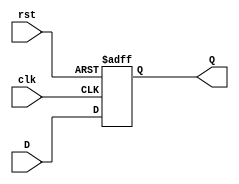
`timescale 1ns / 1ps

/*******************************************************************
*
* Module: Datapath.v
* Project: Pipelined-RISCV
* Author1: Yahya Abbas.
* Author2: Ali Ghazal.
* Author3: Omer Hassan.
* Description: Pipelined RISCV processor with support for RV32IC instructions that map to true 32I instructions
*              and support for the full RV32IM instruction set.
* Change history:
**********************************************************************/

module DFF(
    input clk, 
    input rst, 
    input D, 
    output reg Q);

always @ (posedge clk or posedge rst) begin // Asynchronous Reset
    if (rst)
        Q <= 1'b0;
    else
        Q <= D;
end

endmodule